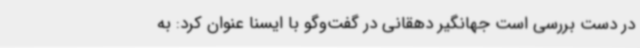
در دست بررسی است جهانگیر دهقانی در گفت‌وگو با ایسنا عنوان کرد: به